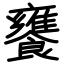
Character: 饔